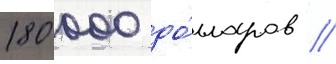
180 000 до́лларов //